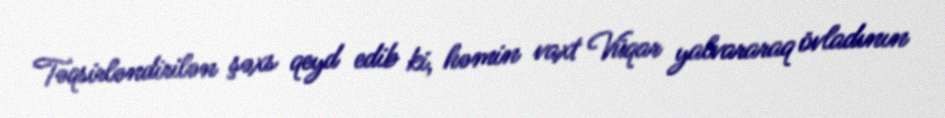
Təqsirləndirilən şəxs qeyd edib ki, həmin vaxt Vüqar yalvararaq övladının